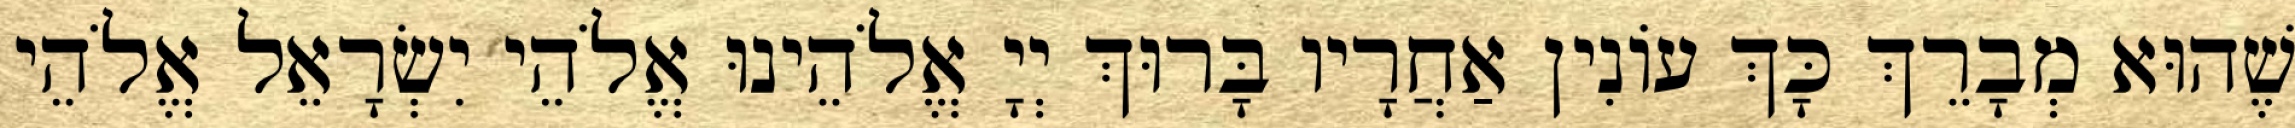
שֶׁהוּא מְבָרֵךְ כָּךְ עוֹנִין אַחֲרָיו בָּרוּךְ יְיָ אֱלֹהֵינוּ אֱלֹהֵי יִשְׂרָאֵל אֱלֹהֵי